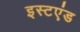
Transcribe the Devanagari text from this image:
इस्टएंड